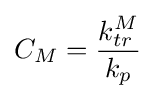
C_{M}={\frac {k_{tr}^{M}}{k_{p}}}